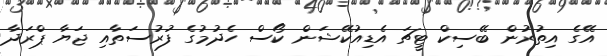
އޭގެ އިތުރުން ބޭސިކް ޓީޗަ އެޑިއުކޭޝަން ކޯސް ހެދުމުގެ ފުރުސަތާއި ޖަޔާ ޕްރަދާ